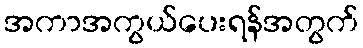
အကာအကွယ်ပေးရန်အတွက်